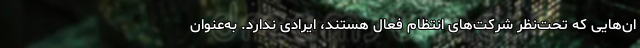
ان‌هایی که تحت‌نظر شرکت‌های انتظام فعال هستند، ایرادی ندارد. به‌عنوان